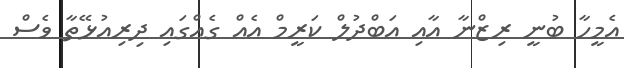
އެމީހާ ބުނީ ރިޒްނާ އާއި އަބްދުލް ކަރީމް އެއް ގެއްގައި ދިރިއުޅޭތާ ވެސް